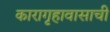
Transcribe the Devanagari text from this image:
कारागृहावासाची